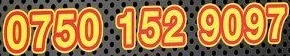
0750 152 9097